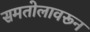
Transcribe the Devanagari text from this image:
समतोलावरून